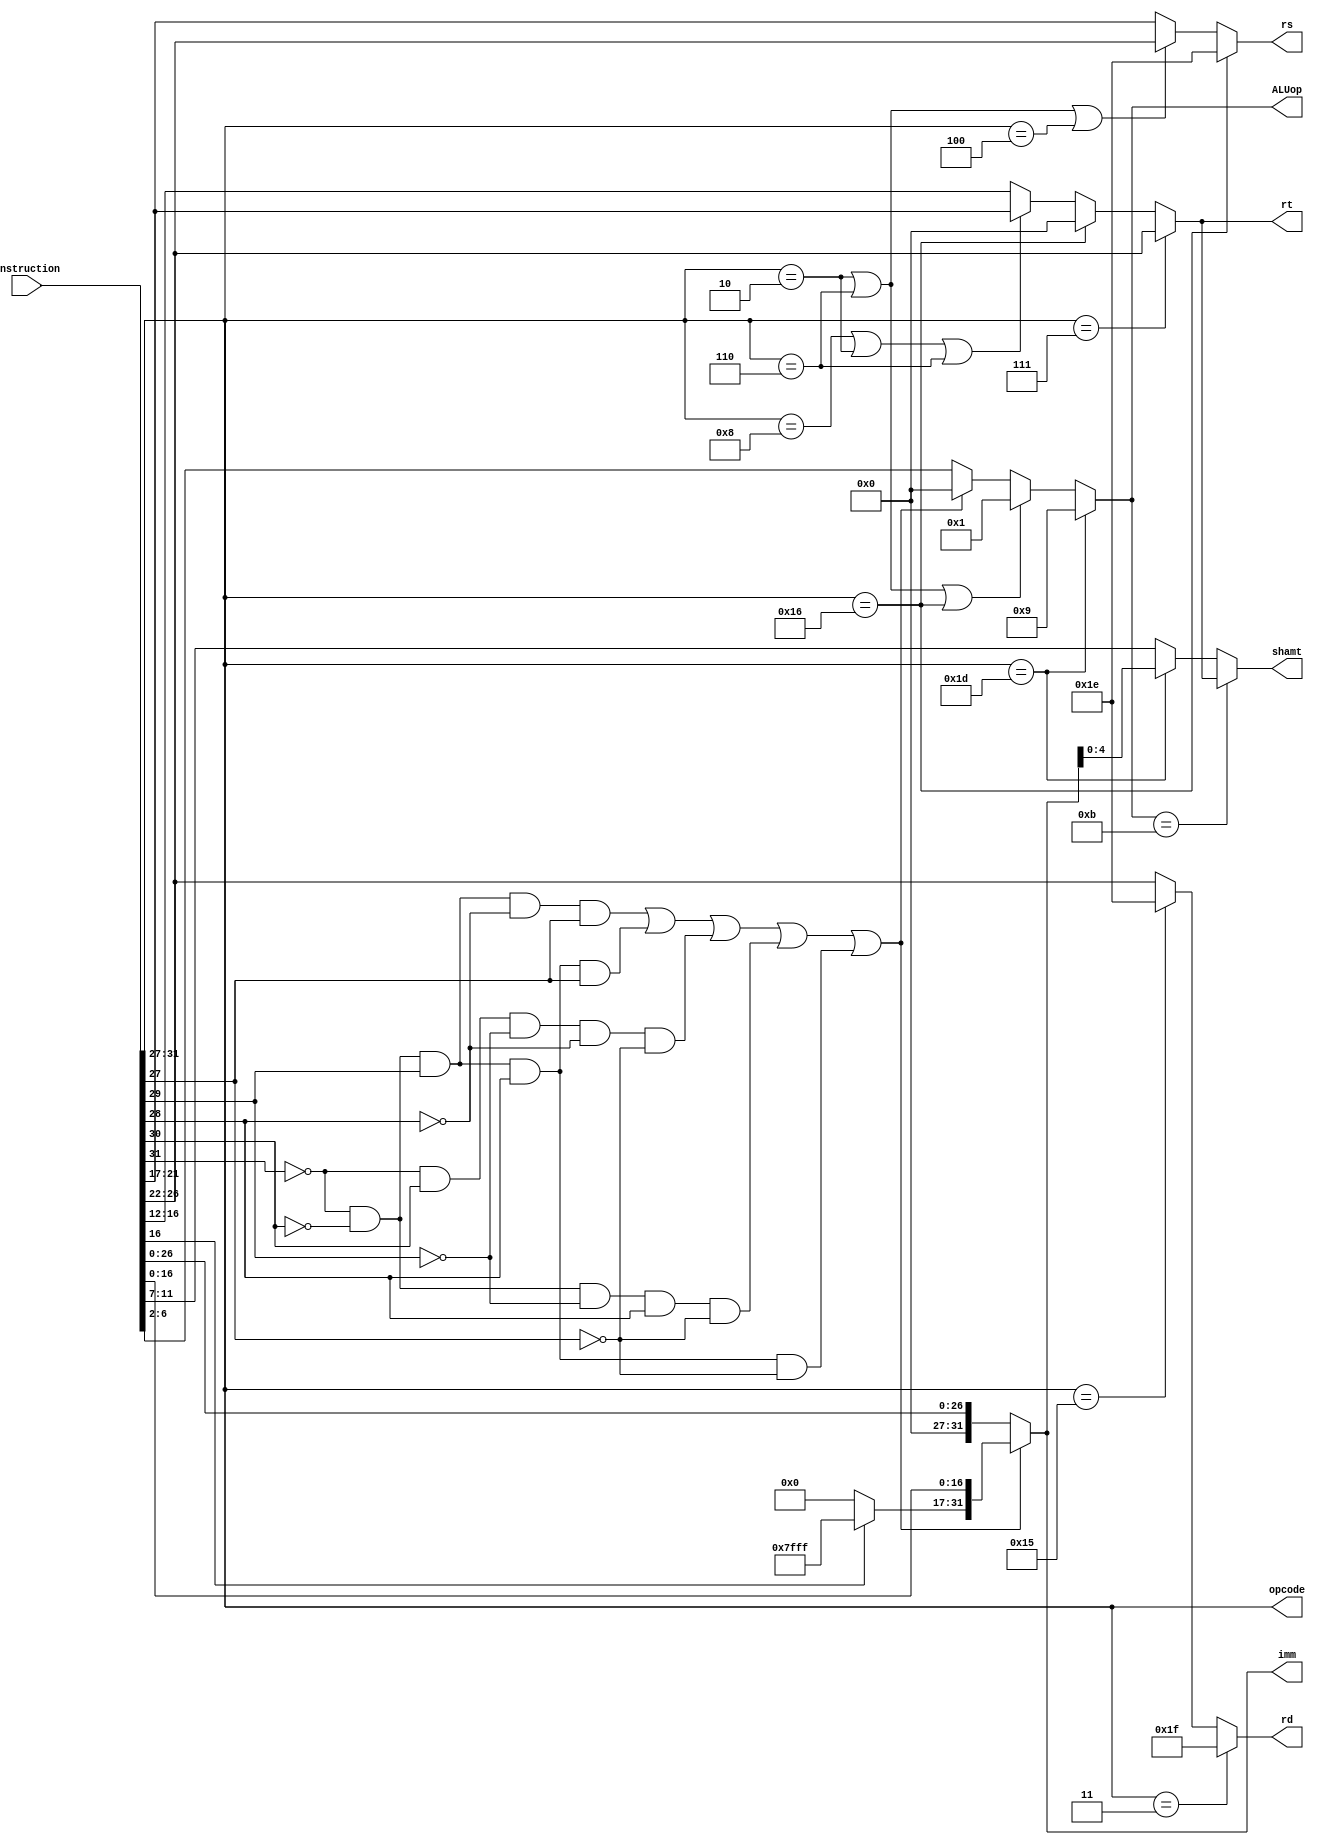
module control (instruction, opcode, rd, rs, rt, shamt, ALUop, imm);

    input [31:0] instruction;
    output [4:0] opcode, rd, rs, rt, shamt, ALUop;
    output [31:0] imm;

    wire [4:0] opcode;
    assign opcode = instruction[31:27];

    wire r_type, i_type, ji_type, jii_type;

    // R
    // opcode: 00000
    assign r_type = ~opcode[4] && ~opcode[3] && ~opcode[2] && ~opcode[1] && ~opcode[0];
    
    // I
    // addi: 00101
    // sw: 00111
    // lw: 01000
    // bne: 00010
    // blt: 00110
    assign i_type = (~opcode[4] && ~opcode[3] && opcode[2] && ~opcode[1] && opcode[0]) ||
                    (~opcode[4] && ~opcode[3] && opcode[2] && opcode[1] && opcode[0]) ||
                    (~opcode[4] && opcode[3] && ~opcode[2] && ~opcode[1] && ~opcode[0]) ||
                    (~opcode[4] && ~opcode[3] && ~opcode[2] && opcode[1] && ~opcode[0]) || 
                    (~opcode[4] && ~opcode[3] && opcode[2] && opcode[1] && ~opcode[0]);

    // JI
    // j: 00001
    // jal: 00011
    // bex: 10110
    // setx: 10101
    assign ji_type = (~opcode[4] && ~opcode[3] && ~opcode[2] && ~opcode[1] && opcode[0]) ||
                     (~opcode[4] && ~opcode[3] && ~opcode[2] && opcode[1] && opcode[0]) ||
                     (opcode[4] && ~opcode[3] && opcode[2] && opcode[1] && ~opcode[0]) ||
                     (opcode[4] && ~opcode[3] && opcode[2] && ~opcode[1] && opcode[0]);

    // JII
    // jr: 00100
    assign jii_type = ~opcode[4] && ~opcode[3] && opcode[2] && ~opcode[1] && ~opcode[0];

    wire [31:0] i_imm; // signed
    assign i_imm[16:0] = instruction[16:0];
    wire sign;
    assign sign = i_imm[16];
    wire [15:0] ones, zeros;
    assign ones = 15'b111111111111111;
    assign zeros = 15'b0;
    assign i_imm[31:17] = sign ? ones : zeros;

    wire [31:0] ji_imm;
    wire [26:0] target;
    assign target = instruction[26:0]; // unsigned
    assign ji_imm[26:0] = target;
    assign ji_imm[31:27] = 5'b0;

    assign imm = i_type ? i_imm : ji_imm;
    
    wire is_sw, is_lw, is_bne, is_blt, is_bex, is_setx, is_jal;
    assign is_sw = opcode == 5'b00111;
    assign is_lw = opcode == 5'b01000;
    assign is_bne = opcode == 5'b00010;
    assign is_blt = opcode == 5'b00110;
    assign is_bex = opcode == 5'b10110;
    assign is_setx = opcode == 5'b10101;
    assign is_jal = opcode == 5'b00011;

    wire is_rotr, is_sla;
    assign is_rotr = opcode == 5'b11101;
    assign is_sla = ALUop == 5'b01011;

    // if rotr --> shamt = imm
    // if sla --> shamt = rt
    // else --> shamt = instruction[11:7]
    wire [4:0] shamt_if_rotr;
    assign shamt_if_rotr = is_rotr ? imm : instruction[11:7];
    assign shamt = is_sla ? rt : shamt_if_rotr;
    
    // if blt or bne or bex--> ALUop = 5'b00001 (because isLessThan in ALU is only correct after a SUB operation)
    // if I and not blt --> ALUop = 5'b00000
    // if rotr --> ALuop = 5'b00111
    // else --> ALUop = instruction[6:2]
    wire [4:0] ALUop_if_I, ALUop_if_branch;
    assign ALUop_if_I = (i_type) ? 5'b00000 : instruction[6:2];
    assign ALUop_if_branch = (is_blt || is_bne || is_bex) ? 5'b00001 : ALUop_if_I;
    assign ALUop = is_rotr ? 5'b01001 : ALUop_if_branch;

    // if jal (00011) --> rd = $r31 = 5'b11111
    // if setx (10101) --> rd = $rstatus = 5'b11110
    // else --> rd = instruction[26:22]
    wire [4:0] rd_if_setx;
    assign rd_if_setx = is_setx ? 5'b11110 : instruction[26:22];
    assign rd = is_jal ? 5'b11111 : rd_if_setx;

    // A
    // if bne (00010) or blt (00110) or jr (00100) --> rs = rd = instruction[26:22]
    // if bex (10110) --> rs = $rstatus = 5'b11110
    // else --> rs = instruction[21:17]
    wire [4:0] rs_if_bne_or_blt;
    assign rs_if_bne_or_blt = (is_bne || is_blt || (opcode == 5'b00100)) ? instruction[26:22] : instruction[21:17];
    assign rs = is_bex ? 5'b11110 : rs_if_bne_or_blt;

    // B
    // if I (01) and not addi (00101) --> rt = rs = instruction[21:17]
    // if sw (00111) --> rt = rd = instruction[26:22]
    // if bex (10110) --> rt = 5'b0
    // else --> rt = instruction[16:12]
    wire [4:0] rt_if_I_not_addi, rt_if_bex;
    assign rt_if_I_not_addi = (is_lw || is_bne || is_blt) ? instruction[21:17] : instruction[16:12];
    assign rt_if_bex = is_bex ? 5'b0 : rt_if_I_not_addi;
    assign rt = is_sw ? instruction[26:22] : rt_if_bex;

endmodule